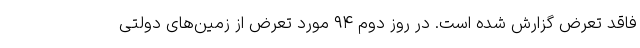
فاقد تعرض گزارش شده است. در روز دوم ۹۴ مورد تعرض از زمین‌های دولتی